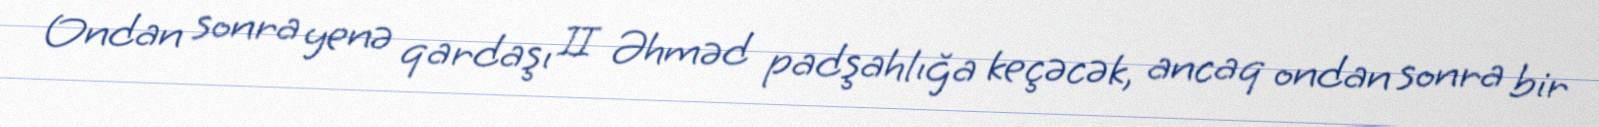
Ondan sonra yenə qardaşı II Əhməd padşahlığa keçəcək, ancaq ondan sonra bir